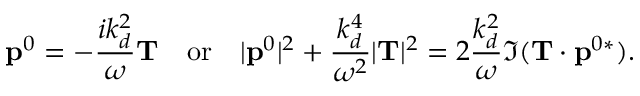
{ \bf p } ^ { 0 } = - \frac { i k _ { d } ^ { 2 } } { \omega } { \bf T } \quad \mathrm { o r } \quad | { \bf p } ^ { 0 } | ^ { 2 } + \frac { k _ { d } ^ { 4 } } { \omega ^ { 2 } } | { \bf T } | ^ { 2 } = 2 \frac { k _ { d } ^ { 2 } } { \omega } \Im ( { \bf T } \cdot { \bf p } ^ { 0 * } ) .